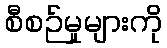
စီစဉ်မှုများကို